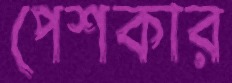
পেশকার